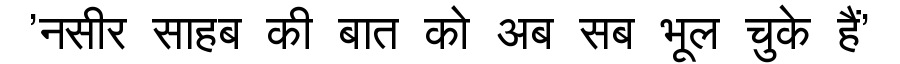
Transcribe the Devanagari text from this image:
'नसीर साहब की बात को अब सब भूल चुके हैं'